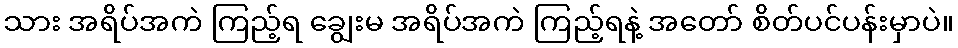
သား အရိပ်အကဲ ကြည့်ရ ချွေးမ အရိပ်အကဲ ကြည့်ရနဲ့ အတော် စိတ်ပင်ပန်းမှာပဲ။